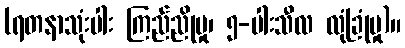
(ရတနာသုံးပါး ကြည်ညိုမှု၊ ၅-ပါးသီလ လုံခြုံမှု)။